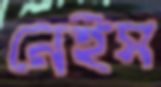
নেইস